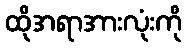
ထိုအရာအားလုံးကို